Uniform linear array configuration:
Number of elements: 12
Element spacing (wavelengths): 0.25
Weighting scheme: hamming
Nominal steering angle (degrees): -60
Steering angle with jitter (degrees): -61.112
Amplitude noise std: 0.05
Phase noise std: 0.05

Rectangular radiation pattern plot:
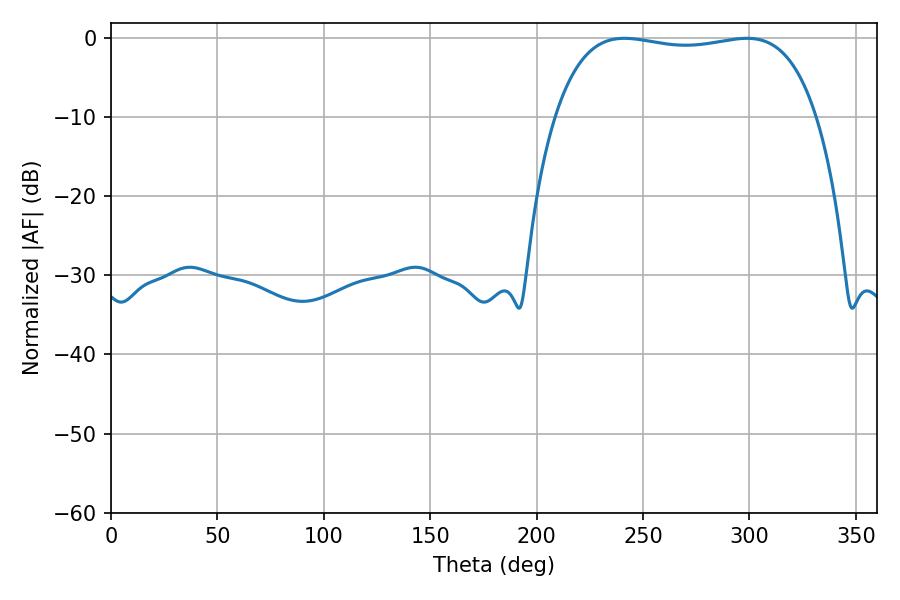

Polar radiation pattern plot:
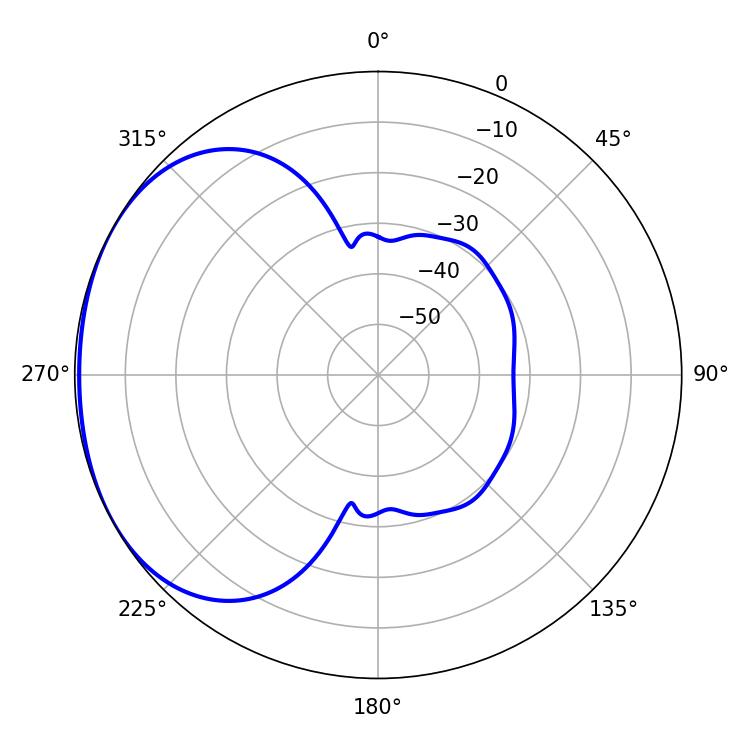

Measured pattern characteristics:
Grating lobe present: FALSE
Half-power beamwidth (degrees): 98.64
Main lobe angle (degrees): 241.2